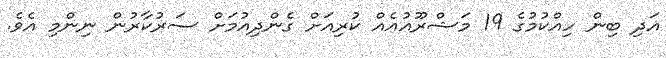
އަދި ބިން ހިއްކުމުގެ 19 މަޝްރޫއުއެއް ކުރިއަށް ގެންދިއުމަށް ސަރުކާރުން ނިންމި އެވެ.